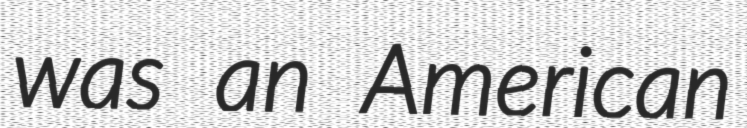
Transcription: was an American